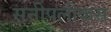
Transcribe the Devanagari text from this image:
सनीपलीकस